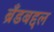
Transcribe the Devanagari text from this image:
ब्रँडबद्दल